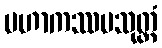
မဟာကဿပသုတ္တံ